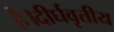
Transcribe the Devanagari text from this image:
है।दीर्घवृत्तीय